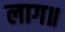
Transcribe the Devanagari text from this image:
लाग॥